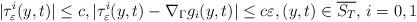
LaTeX: \begin{align*} |\tau_\varepsilon^i(y,t)| \leq c, |\tau_\varepsilon^i(y,t)-\nabla_\Gamma g_i(y,t)| \leq c\varepsilon, (y,t) \in \overline{S_T}, \, i=0,1\end{align*}